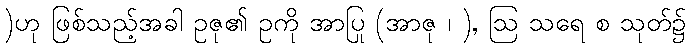
)ဟု ဖြစ်သည့်အခါ ဥဇု၏ ဥကို အာပြု (အာဇု ၊ ), ဩ သရေ စ သုတ်၌